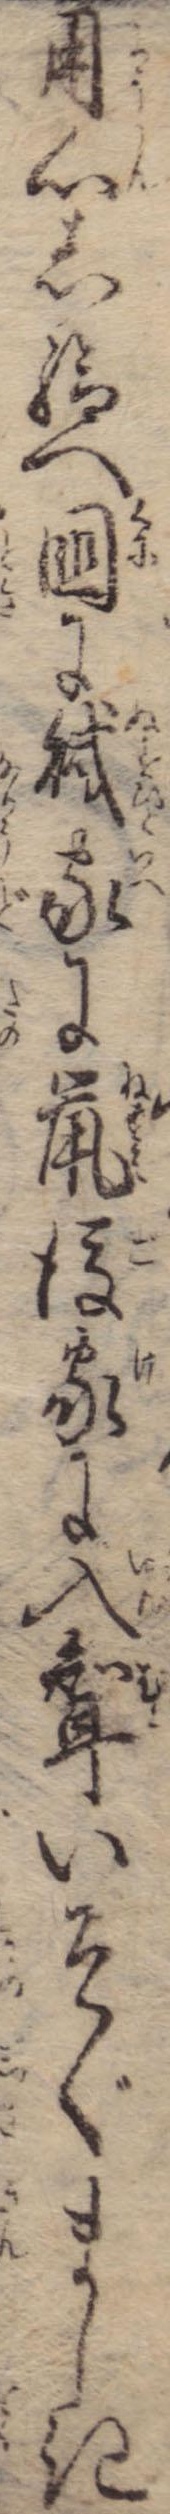
用心し給へ国に賊家に鼠後家に入婿いそぐましき